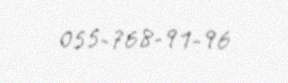
055-768-91-96